Report on plague in the Punjab from October 1st ... to September 30th ..., being the ... season of plague in the province
Disease focus: Plague
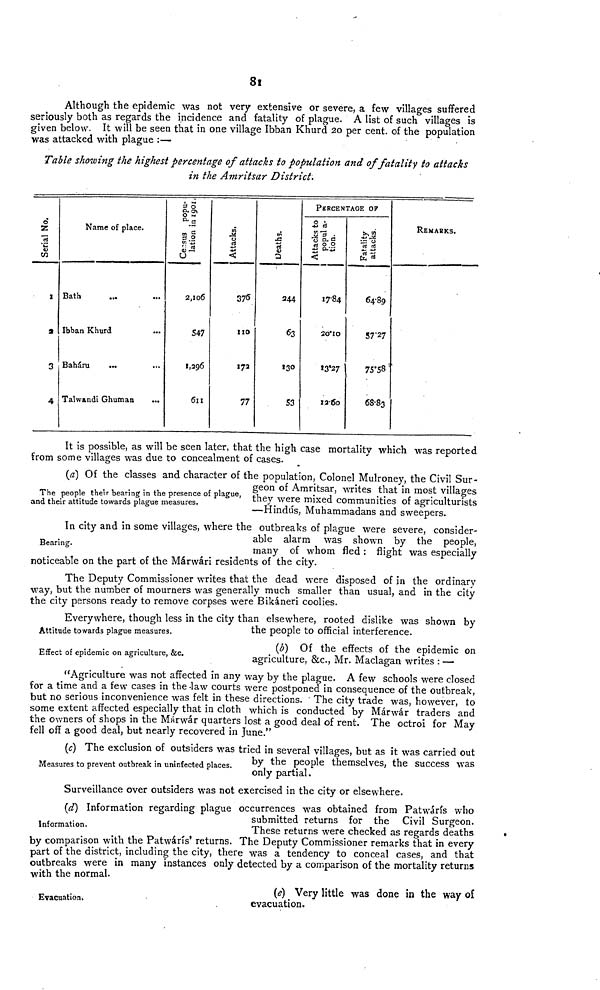
81
Although the epidemic was not very extensive or severe, a few villages suffered
seriously both as regards the incidence and fatality of plague. A list of such villages is
given below. It will be seen that in one village Ibban Khurd 20 per cent. of the population
was attacked with plague :—
Table showing the highest percentage of attacks to population and of fatality to attacks
in the Amritsar District.
Serial No,
1
3
3
4
Name of place.
Bath ... ...
Ibban Khurd ...
Baháru
Talwandi Ghuman
...
Census popu
lation in 1901
2,106
547
1,296
611
Attacks.
376
110
172
77
Deaths.
244
63
130
53
Percentage Of
Attacks to
popul a-
tion.
17.84
20. 10
13.27
12.60
Fatality
attacks.
64.89
57'27
75.58
68.83
REMARKS.
It is possible, as will be seen later, that the high case mortality which was reported
from some villages was due to concealment of cases.
The people their bearing in the presence of plague,
and their attitude towards plague measures.
(a) Of the classes and character of the population, Colonel Mulroney, the Civil Sur-
geon of Amritsar, writes that in most villages
they were mixed communities of agriculturists
—Hindús, Muhammadans and sweepers.
Bearing.
In city and in some villages, where the outbreaks of plague were severe, consider-
able alarm was shown by the people,
many of whom fled : flight was especially
noticeable on the part of the Márwári residents of the city.
The Deputy Commissioner writes that the dead were disposed of in the ordinary
way, but the number of mourners was generally much smaller than usual, and in the city
the city persons ready to remove corpses were Bikáneri coolies.
Attitude towards plague measures.
Everywhere, though less in the city than elsewhere, rooted dislike was shown by
the people to official interference.
Effect of epidemic on agriculture, &c.
(b) Of the effects of the epidemic on
agriculture, &c, Mr. Maclagan writes : —
"Agriculture was not affected in any way by the plague. A few schools were closed
for a time and a few cases in the law courts were postponed in consequence of the outbreak,
but no serious inconvenience was felt in these directions. The city trade was, however, to
some extent affected especially that in cloth which is conducted by Márwár traders and
the owners of shops in the Márwár quarters lost a good deal of rent. The octroi for May
fell off a good deal, but nearly recovered in June."
Measures to prevent outbreak in uninfected places.
(c) The exclusion of outsiders was tried in several villages, but as it was carried out
by the people themselves, the success was
only partial.
Surveillance over outsiders was not exercised in the city or elsewhere.
Information.
(d) Information regarding plague occurrences was obtained from Patwárís who
submitted returns for the Civil Surgeon.
These returns were checked as regards deaths
by comparison with the Patwárís' returns. The Deputy Commissioner remarks that in every
part of the district, including the city, there was a tendency to conceal cases, and that
outbreaks were in many instances only detected by a comparison of the mortality returns
with the normal.
Evacuation,
(e) Very little was done in the way of
evacuation.